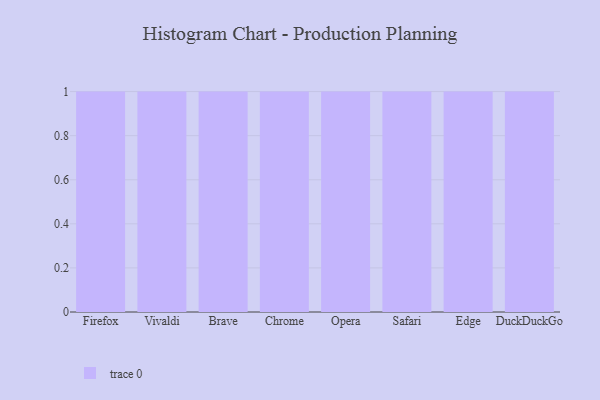
{"axis": {"x": "Browser", "y": "Shipments"}, "legend": [""], "data": [{"x": "Firefox", "y": 2, "type": ""}, {"x": "Vivaldi", "y": 55, "type": ""}, {"x": "Brave", "y": 73, "type": ""}, {"x": "Chrome", "y": 43, "type": ""}, {"x": "Opera", "y": 70, "type": ""}, {"x": "Safari", "y": 24, "type": ""}, {"x": "Edge", "y": 15, "type": ""}, {"x": "DuckDuckGo", "y": 77, "type": ""}]}